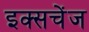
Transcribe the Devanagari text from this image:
इक्सचेंज